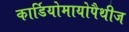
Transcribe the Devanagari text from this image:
कार्डियोमायोपैथीज